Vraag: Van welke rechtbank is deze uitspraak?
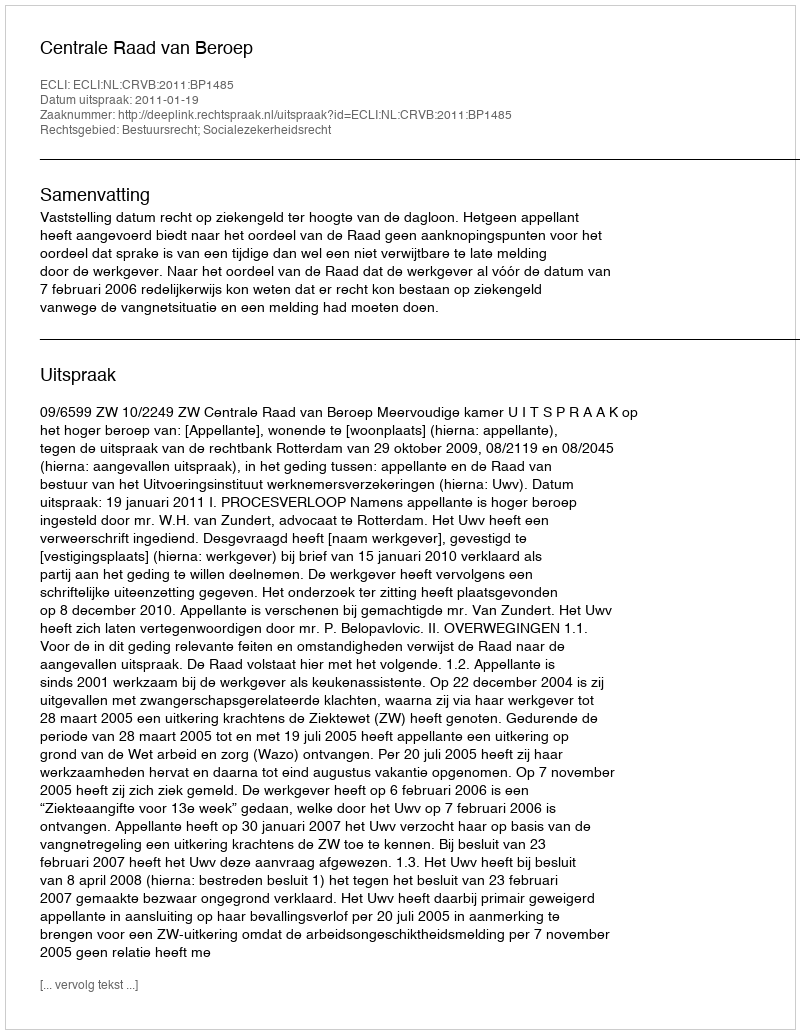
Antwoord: Centrale Raad van Beroep